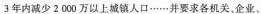
3年内减少2000万以上城镇人口……并要求各机关、企业、